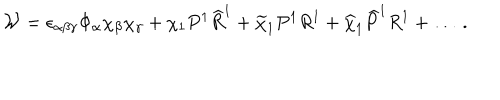
{ \cal W } = \epsilon _ { \alpha \beta \gamma } \Phi _ { \alpha } \chi _ { \beta } \chi _ { \gamma } + \chi _ { 1 } P ^ { 1 } { \widehat R } ^ { 1 } + { \widetilde \chi } _ { 1 } P ^ { 1 } R ^ { 1 } + { \widehat \chi } _ { 1 } { \widehat P } ^ { 1 } R ^ { 1 } + \dots ~ .